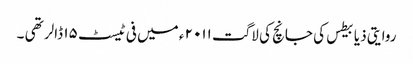
روایتی ذیابیطس کی جانچ کی لاگت ۲۰۱۱ ء میں فی ٹیسٹ ۱۵ ڈالر تھی ۔